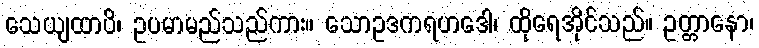
သေယျထာပိ၊ ဥပမာမည်သည်ကား။ သောဥဒကရဟဒေါ၊ ထိုရေအိုင်သည်။ ဥတ္တာနော၊